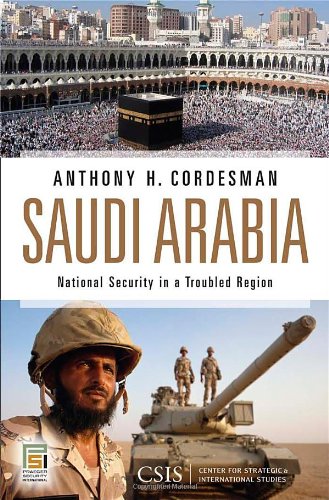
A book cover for Saudi Arabia: National Security in a Troubled Region (Praeger Security International); Center for Strategic and International Studies; History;